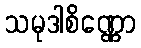
သမုဒါစိဏ္ဏော